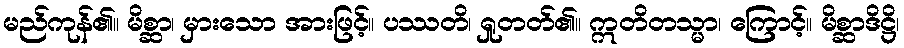
မည်ကုန်၏။ မိစ္ဆာ၊ မှားသော အားဖြင့်။ ပဿတိ၊ ရှုတတ်၏။ ဣတိတသ္မာ၊ ကြောင့်။ မိစ္ဆာဒိဋ္ဌိ၊